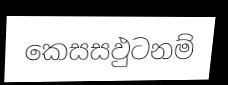
කෙසසඵුටනම්